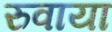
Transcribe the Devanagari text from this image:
रुवाया